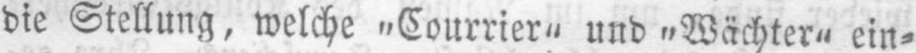
die Stellung, welche „Courrier“ und „Wächter“ ein⸗